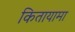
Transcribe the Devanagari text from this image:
कितायामा